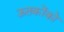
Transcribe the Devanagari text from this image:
ऊतकोंको